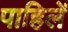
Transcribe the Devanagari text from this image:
पाहिलें